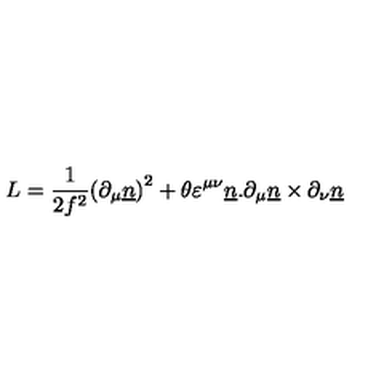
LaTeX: L = { \frac { 1 } { 2 { f } ^ { 2 } } } { ( \partial _ { \mu } { \underline { n } } ) } ^ { 2 } + { \theta } { { \varepsilon } ^ { \mu \nu } } { \underline { n } } . { \partial _ { \mu } { \underline { n } } } \times { \partial _ { \nu } { \underline { n } } }